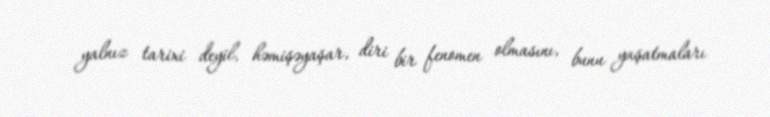
yalnız tarixi deyil, həmişəyaşar, diri bir fenomen olmasını, bunu yaşatmaları